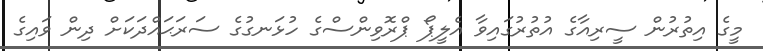
މީގެ އިތުރުން ސީރިއާގެ އުތުރުގައިވާ އެލީޕޯ ޕްރޮވިންސްގެ ހުޅަނގުގެ ސަރަޙައްދަކަށް ދިން ވައިގެ